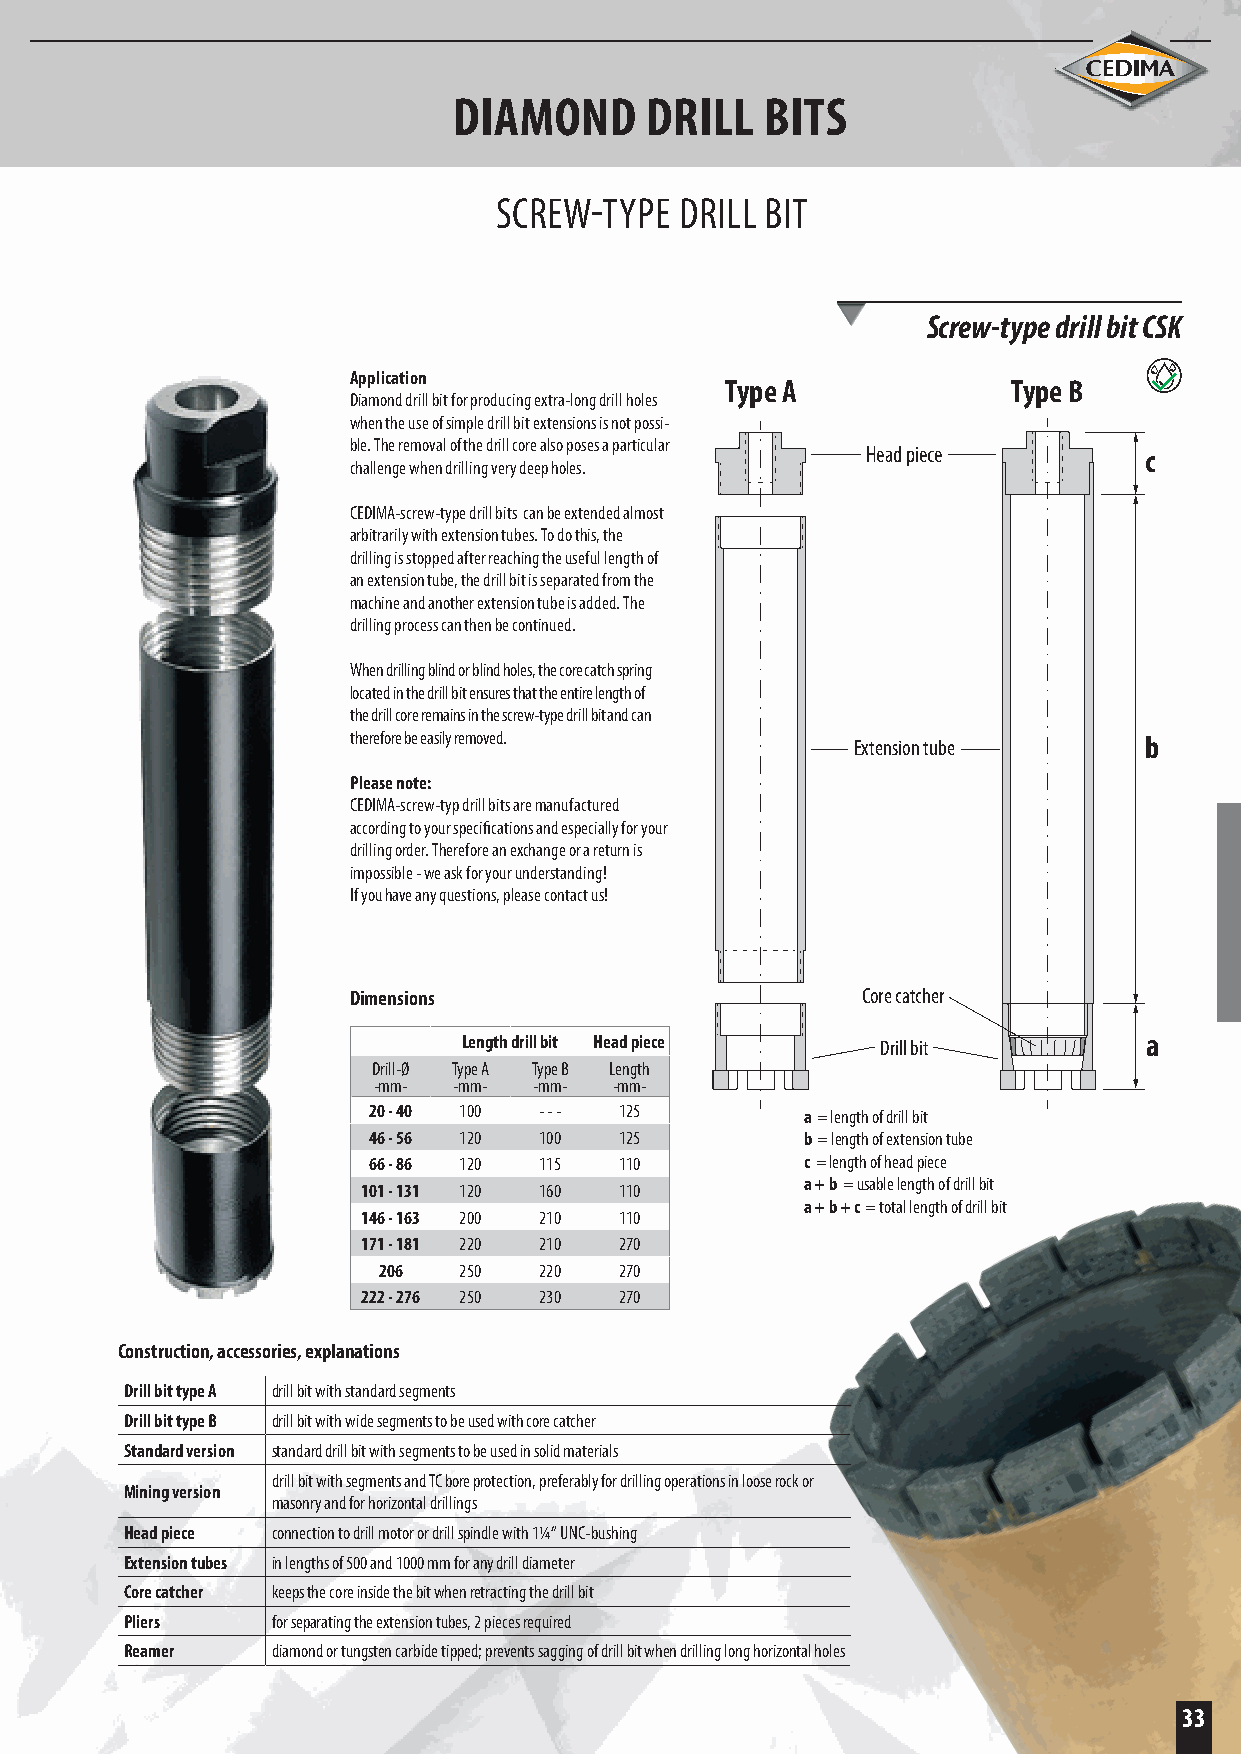
DIAMOND      DRILL   BITS
 SCREW-TYPE  DRILL BIT
 Screw-type drill bit CSK
 Application
 Type A             Type B
 Diamond drill bit for producing extra-long drill holes
 when the use of simple drill bit extensions is not possi-
 ble. The removal of the drill core also poses a particular
 Head piece         c
 challenge when drilling very deep holes.
 CEDIMA-screw-type drill bits can be extended almost
 arbitrarily with extension tubes. To do this, the
 drilling is stopped after reaching the useful length of
 an extension tube, the drill bit is separated from the
 machine and another extension tube is added. The
 drilling process can then be continued.
 When drilling blind or blind holes, the core catch spring
 located in the drill bit ensures that the entire length of
 the drill core remains in the screw-type drill bit and can
 therefore be easily removed.     Extension tube      b
 Please note:
 CEDIMA-screw-typ drill bits are manufactured
 according to your specifications and especially for your
 drilling order. Therefore an exchange or a return is
 impossible - we ask for your understanding!
 If you have any questions, please contact us!
 Dimensions                        Core catcher
 Length drill bit Head piece Drill bit        a
 Drill-Ø Type A Type B Length
 -mm- -mm- -mm-  -mm-
 20 - 40 100 - - - 125        a = length of drill bit
 46 - 56 120 100  125         b = length of extension tube
 66 - 86 120 115  110         c = length of head piece
 a + b = usable length of drill bit
 101 - 131 120 160 110
 a + b + c = total length of drill bit
 146 - 163 200 210 110
 171 - 181 220 210 270
 206  250   220  270
 222 - 276 250 230 270
 Construction, accessories, explanations
 Drill bit type A drill bit with standard segments
 Drill bit type B drill bit with wide segments to be used with core catcher
 Standard version standard drill bit with segments to be used in solid materials
 drill bit with segments and TC bore protection, preferably for drilling operations in loose rock or
 Mining version
 masonry and for horizontal drillings
 Head piece connection to drill motor or drill spindle with 1¼ “ UNC-bushing
 Extension tubes in lengths of 500 and 1000 mm for any drill diameter
 Core catcher keeps the core inside the bit when retracting the drill bit
 Pliers    for separating the extension tubes, 2 pieces required
 Reamer    diamond or tungsten carbide tipped; prevents sagging of drill bit when drilling long horizontal holes
 33